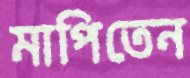
মাপিতেন